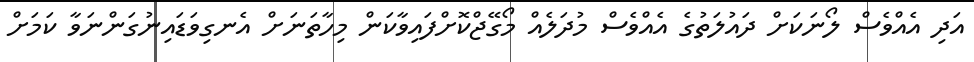
އަދި އެއްވެސް ލޯނަކަށް ދައުލަތުގެ އެއްވެސް މުދަލެއް މޯގޭޖްކޮށްފައިވާކަން މިހާތަނަށް އެނގިވަޑައިނުގަންނަވާ ކަމަށް